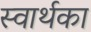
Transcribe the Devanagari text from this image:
स्वार्थका